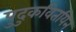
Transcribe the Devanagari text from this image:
पुदुकवितयिन